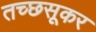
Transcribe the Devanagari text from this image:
तच्छसूकर